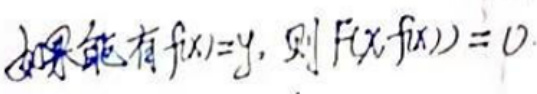
如果有\(f(x)=y\)，则\(F(x,f(x))=0\)